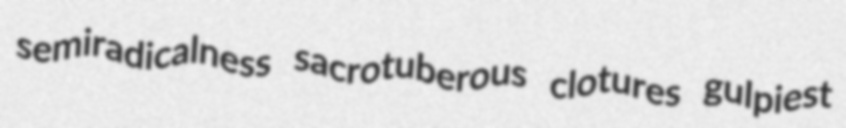
semiradicalness sacrotuberous clotures gulpiest